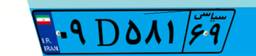
۲۲D۰۱۰۲۵